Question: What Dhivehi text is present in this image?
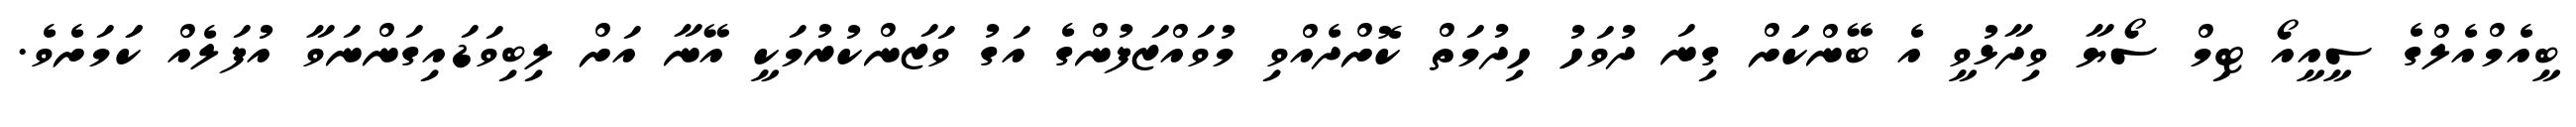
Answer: ބީއެމްއެލްގެ ސީއީއޯ ޓިމް ސޯޔާ ވިދާޅުވީ އެ ބޭންކަަށް ގިނަ ދުވަހު ހިދުމަތް ކޮށްދެއްވި މުވައްޒަފުންގެ އަގު ވަޒަންކުރުމަކީ އޭނާ އަށް ލިބިވަޑައިގަންނަވާ އުފަލެއް ކަަމަށެވެ.